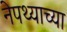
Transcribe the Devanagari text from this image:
नेपथ्याच्या